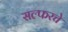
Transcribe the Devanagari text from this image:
सल्फरचे